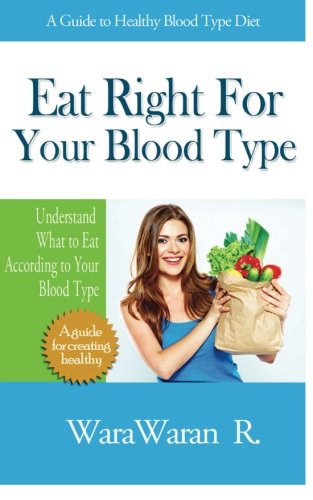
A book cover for Eat Right For Your Blood Type, A Guide to Healthy Blood Type Diet: Understand What to Eat According to Your Blood Type; WaraWaran R; Health, Fitness & Dieting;